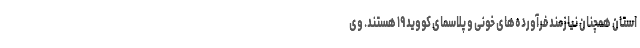
استان همچنان نیازمند فرآورده‌های خونی و پلاسمای کووید ۱۹ هستند. وی